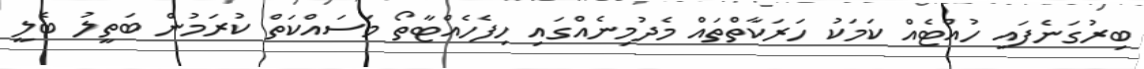
ބިރުގަނެފައި ހުއްޓެއް ކަމަކު ހަރަކާތްތައް މެދުމިނެއްގައި ހިފެހެއްޓާތޯ މަސައްކަތް ކުރަމުން ބަތީލު ބެލީ